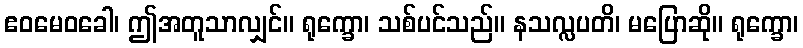
ဧဝမေဝခေါ၊ ဤအတူသာလျှင်။ ရုက္ခော၊ သစ်ပင်သည်။ နသလ္လပတိ၊ မပြောဆို။ ရုက္ခော၊